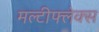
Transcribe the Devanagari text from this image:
मल्टीफ्लेक्स